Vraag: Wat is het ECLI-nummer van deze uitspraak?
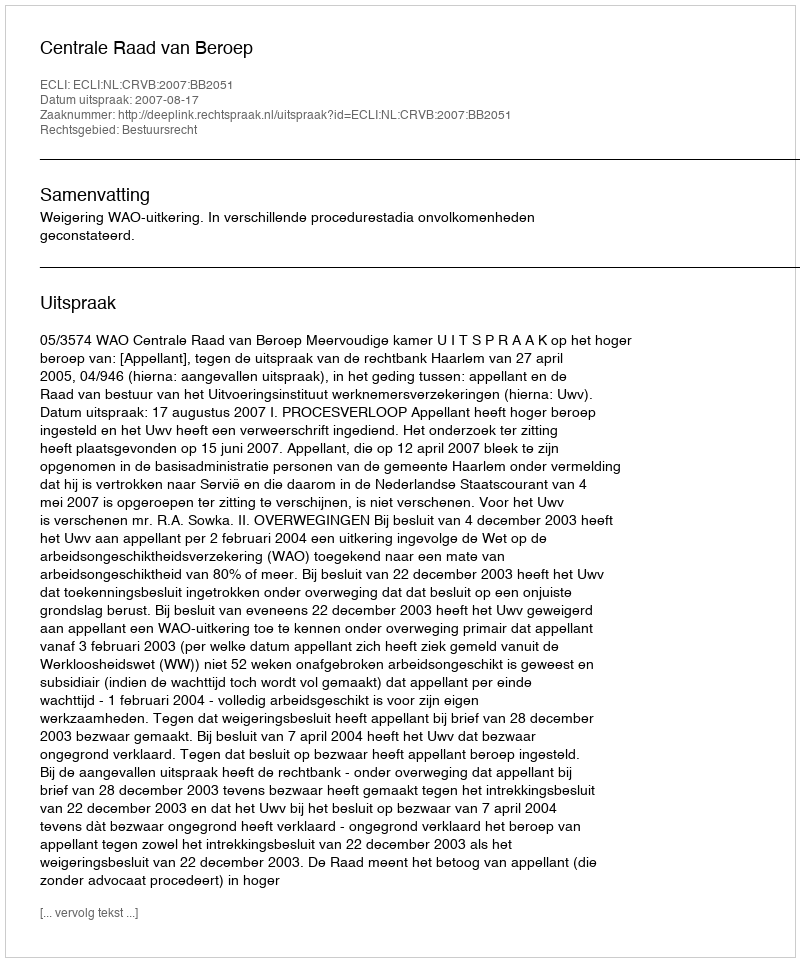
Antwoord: ECLI:NL:CRVB:2007:BB2051